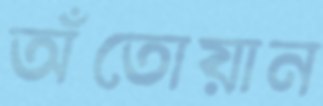
অঁতোয়ান